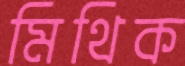
মিথিক